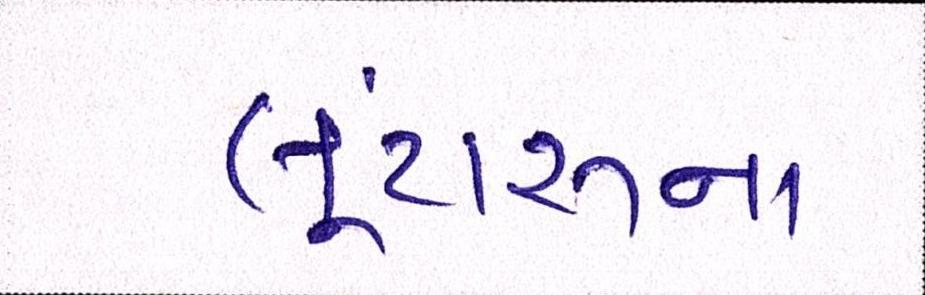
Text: લૂંટારુના